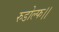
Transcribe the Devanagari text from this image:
रुडोल्फ।।